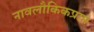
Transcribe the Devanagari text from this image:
नावलौकिकप्राप्त